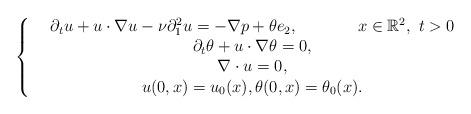
LaTeX: \begin{align*}\left\{\begin{array}{cc}&\partial_t u+u\cdot\nabla u-\nu\partial^2_1u=-\nabla p+\theta e_2,~~~~~~~~~~~x\in{\mathbb{R}^2},~t>0 \\&\partial_t \theta+u\cdot\nabla\theta=0,\\&\nabla\cdot u=0,\\&u(0,x)=u_0(x), \theta(0,x)=\theta_0(x).\\\end{array}\right.\end{align*}